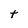
Character: t